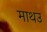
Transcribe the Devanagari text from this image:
माथउ